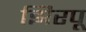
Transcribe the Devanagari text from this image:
झिरपू